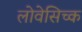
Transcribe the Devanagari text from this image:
लोवेसिच्क